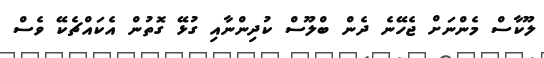
ލޫކާސް މެންނަށް ޖެހޭނެ ދެން ބްލޫސް ކުދިންނާއި ގުޅޭ ގޮތުން އެކައްޗެކޭ ވެސް